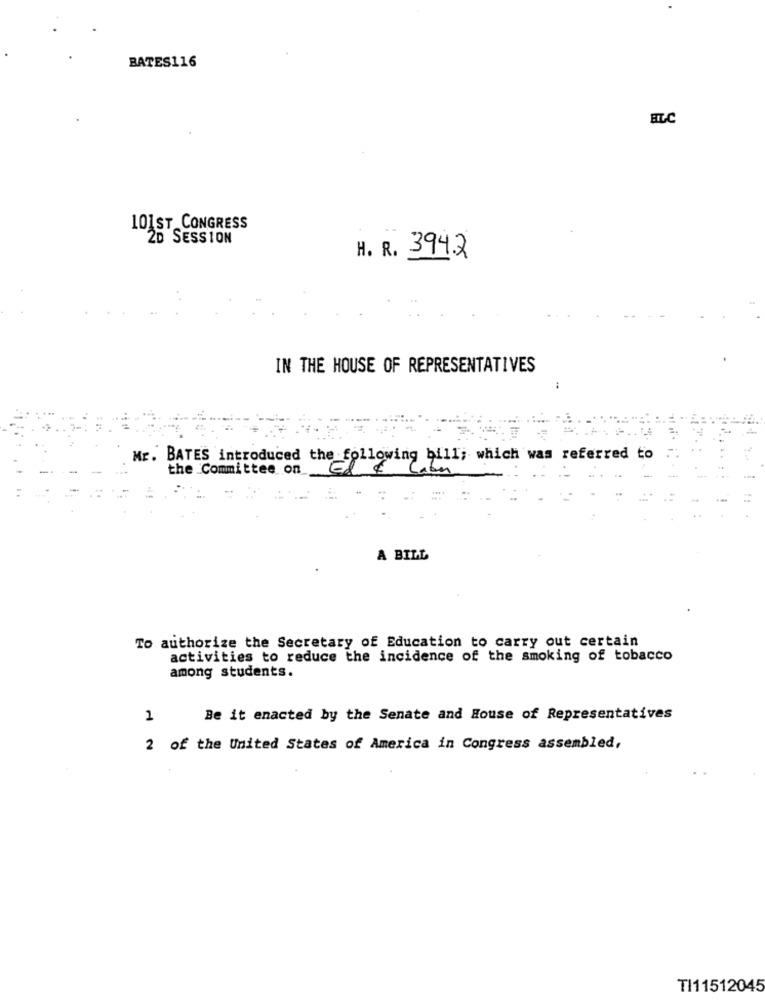
BATES116
ELC
101ST CONGRESS
2D SESSION
H. R. 394.2
IN THE HOUSE OF REPRESENTATIVES
Mr. BATES introduced the following bill; which was referred to
the Committee on
A BILL
To authorize the Secretary of Education to carry out certain
activities to reduce the incidence of the smoking of tobacco
among students.
1
Be it enacted by the Senate and House of Representatives
2 of the United States of America in Congress assembled,
TI11512045